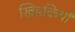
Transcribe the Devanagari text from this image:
खिडक़ियाँ